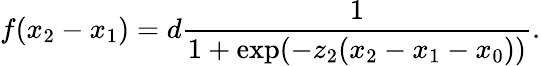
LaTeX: f(x_{2}-x_{1})=d\frac{1}{1+\exp(-z_{2}(x_{2}-x_{1}-x_{0}))}.